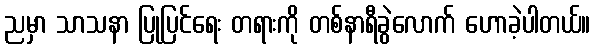
ညမှာ သာသနာ ပြုပြင်ရေး တရားကို တစ်နာရီခွဲလောက် ဟောခဲ့ပါတယ်။